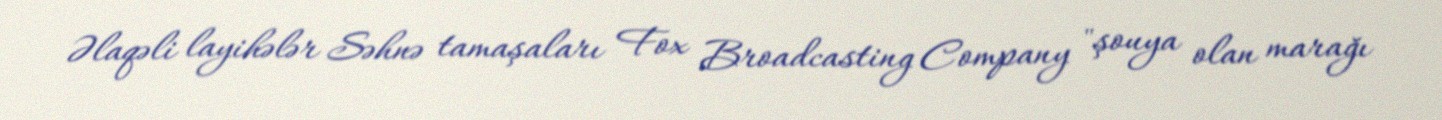
Əlaqəli layihələr Səhnə tamaşaları Fox Broadcasting Company "şouya olan marağı